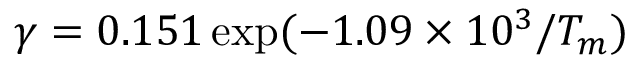
\gamma = 0 . 1 5 1 \exp ( - 1 . 0 9 \times 1 0 ^ { 3 } / T _ { m } )